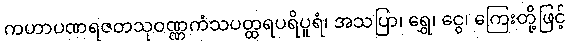
ကဟာပဏရဇတသုဝဏ္ဏကံသပတ္ထရပရိပူရံ၊ အသပြာ၊ ရွှေ၊ ငွေ၊ ကြေးတို့ဖြင့်